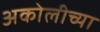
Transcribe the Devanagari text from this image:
अकोलीच्या